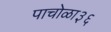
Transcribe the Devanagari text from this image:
पाचोळा३६